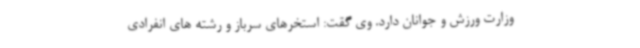
وزارت ورزش و جوانان دارد. وی گقت: استخرهای سرباز و رشته های انفرادی